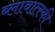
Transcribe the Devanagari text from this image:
ब्लावात्स्की